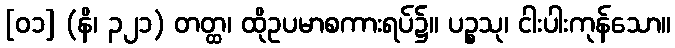
[၀၁] (နိ၊ ၃၂၁) တတ္ထ၊ ထိုဥပမာစကားရပ်၌။ ပဉ္စသု၊ ငါးပါးကုန်သော။